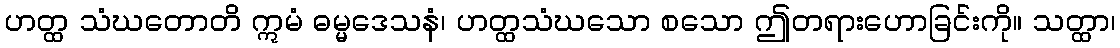
ဟတ္ထ သံဃတောတိ ဣမံ ဓမ္မဒေသနံ၊ ဟတ္ထသံဃသော စသော ဤတရားဟောခြင်းကို။ သတ္ထာ၊